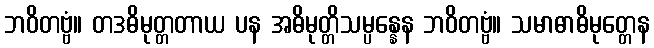
ဘဝိတဗ္ဗံ။ တဒဓိမုတ္တတာယ ပန အဓိမုတ္တိသမ္ပန္နေန ဘဝိတဗ္ဗံ။ သမာဓာဓိမုတ္တေန